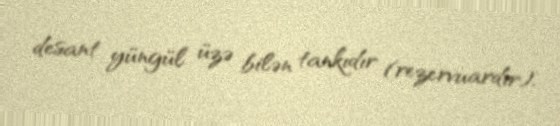
desant yüngül üzə bilən tankıdır (rezervuardır).